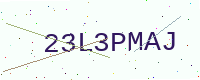
Text: 23L3PMAJ